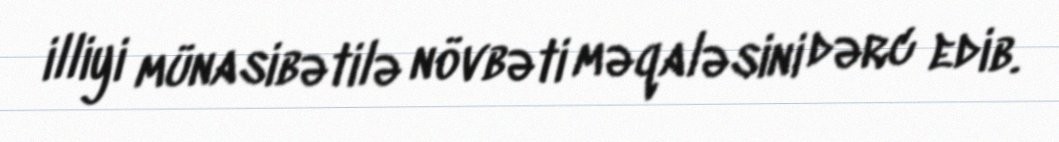
illiyi münasibətilə növbəti məqaləsini dərc edib.